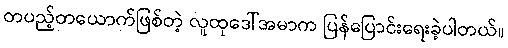
တပည့်တယောက်ဖြစ်တဲ့ လူထုဒေါ်အမာက ပြန်ပြောင်းရေးခဲ့ပါတယ်။